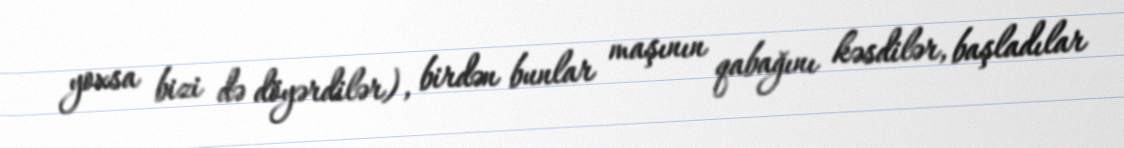
yoxsa bizi də döyərdilər), birdən bunlar maşının qabağını kəsdilər, başladılar